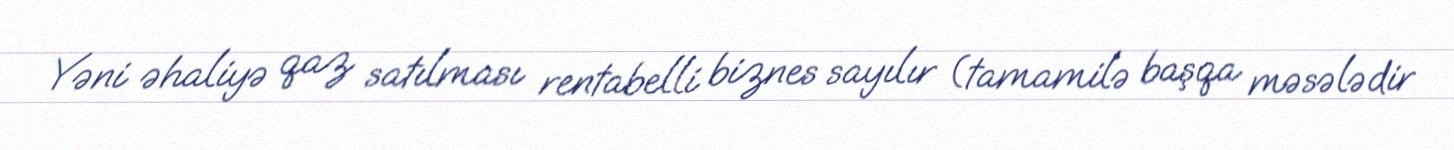
Yəni əhaliyə qaz satılması rentabelli biznes sayılır (tamamilə başqa məsələdir